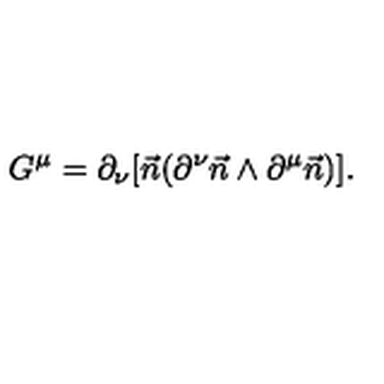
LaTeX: G ^ { \mu } = \partial _ { \nu } [ \vec { n } ( \partial ^ { \nu } \vec { n } \wedge \partial ^ { \mu } \vec { n } ) ] .